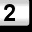
Digit: 2